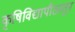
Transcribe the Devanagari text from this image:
कृषिविद्यापीठातून